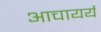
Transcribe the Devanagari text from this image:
आचायर्य